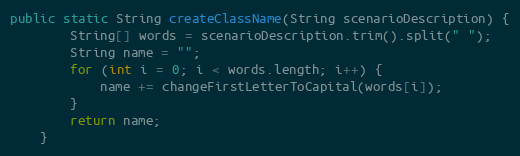
Language: Java
public static String createClassName(String scenarioDescription) {
        String[] words = scenarioDescription.trim().split(" ");
        String name = "";
        for (int i = 0; i < words.length; i++) {
            name += changeFirstLetterToCapital(words[i]);
        }
        return name;
    }